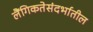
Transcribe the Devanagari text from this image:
लैंगिकतेसंदर्भातील